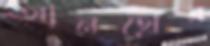
আনথের